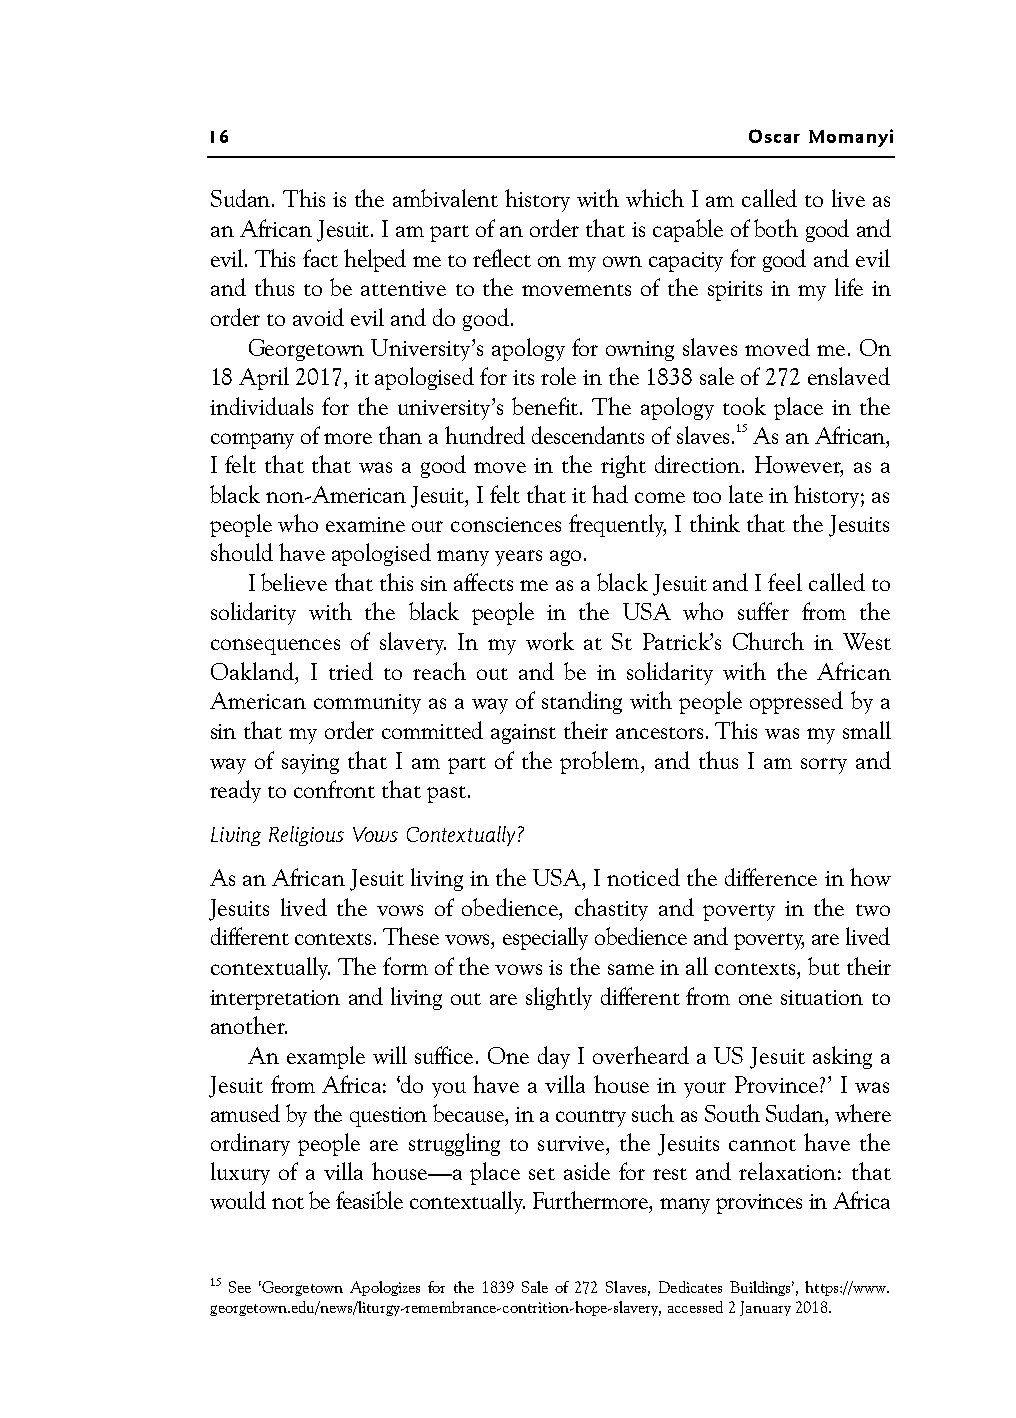
16                                  Oscar Momanyi
 Sudan. This is the ambivalent history with which I am called to live as
 an African Jesuit. I am part of an order that is capable of both good and
 evil. This fact helped me to reflect on my own capacity for good and evil
 and thus to be attentive to the movements of the spirits in my life in
 order to avoid evil and do good.
 Georgetown University’s apology for owning slaves moved me. On
 18 April 2017, it apologised for its role in the 1838 sale of 272 enslaved
 individuals for the university’s benefit. The apology took place in the
 companyofmorethanahundreddescendantsofslaves.15AsanAfrican,
 I felt that that was a good move in the right direction. However, as a
 black non-American Jesuit, I felt that it had come too late in history; as
 people who examine our consciences frequently, I think that the Jesuits
 should have apologised many years ago.
 I believe that this sin affects me as a black Jesuit and I feel called to
 solidarity with the black people in the USA who suffer from the
 consequences of slavery. In my work at St Patrick’s Church in West
 Oakland, I tried to reach out and be in solidarity with the African
 American community as a way of standing with people oppressed by a
 sin that my order committed against their ancestors. This was my small
 way of saying that I am part of the problem, and thus I am sorry and
 ready to confront that past.
 Living Religious Vows Contextually?
 As an African Jesuit living in the USA, I noticed the difference in how
 Jesuits lived the vows of obedience, chastity and poverty in the two
 different contexts. These vows, especially obedience and poverty, are lived
 contextually. The form of the vows is the same in all contexts, but their
 interpretation and living out are slightly different from one situation to
 another.
 An example will suffice. One day I overheard a US Jesuit asking a
 Jesuit from Africa: ‘do you have a villa house in your Province?’ I was
 amused by the question because, in a country such as South Sudan, where
 ordinary people are struggling to survive, the Jesuits cannot have the
 luxury of a villa house—a place set aside for rest and relaxation: that
 would not be feasible contextually. Furthermore, many provinces in Africa
 15 See ‘Georgetown Apologizes for the 1839 Sale of 272 Slaves, Dedicates Buildings’, https://www.
 georgetown.edu/news/liturgy-remembrance-contrition-hope-slavery, accessed 2 January 2018.